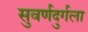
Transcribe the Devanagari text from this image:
सुवर्णदुर्गला